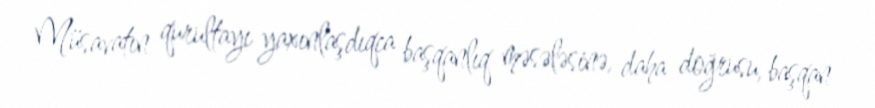
Müsavatın qurultayı yaxınlaşdıqca başqanlıq məsələsinə, daha doğrusu, başqan